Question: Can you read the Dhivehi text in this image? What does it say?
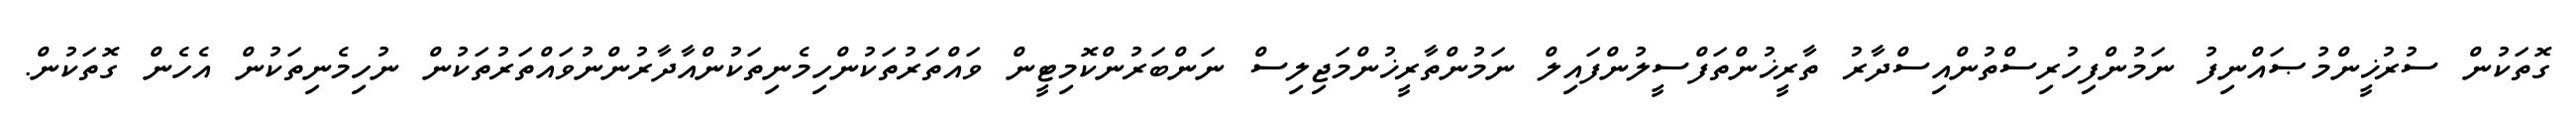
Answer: ގޮތަކުން ސުރުޚީންމުޞައްނިފު ނަމުންފިހުރިސްތުންއިސްދާރު ތާރީޚުންތަފްސީލުންފައިލް ނަމުންތާރީޚުންމަޖިލިސް ނަންބަރުންކޮމިޓީން ވައްތަރުތަކުންހިމެނިތަކުންއާދާރުންނުވައްތަރުތަކުން ނުހިމެނިތަކުން އެހެން ގޮތަކުން.